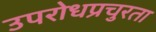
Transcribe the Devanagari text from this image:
उपरोधप्रचुरता